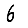
Digit: 6